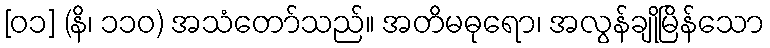
[၀၁] (နိ၊ ၁၁၀) အသံတော်သည်။ အတိမဓုရော၊ အလွန်ချိုမြိန်သော